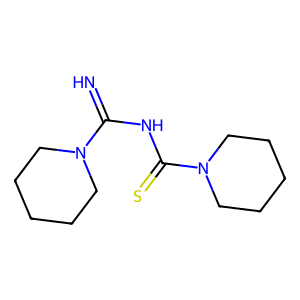
SMILES: N=C(NC(=S)N1CCCCC1)N1CCCCC1
Inhibits HIV replication: No